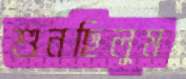
শুনছিলুম